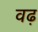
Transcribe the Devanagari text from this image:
वढ़